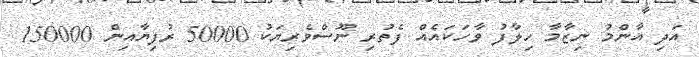
އަދި އާންމު ނިޒާމާ ހިލާފު ވާހަކައެއް ފެތުރި ނޫސްވެރިޔަކު 50000 ރުފިޔާއިން 150000